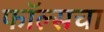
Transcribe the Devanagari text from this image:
फॉल्सचा